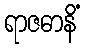
ရာဇဓာနိံ